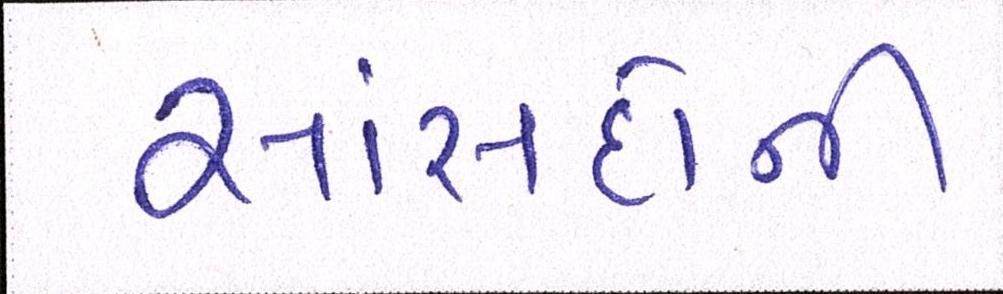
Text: સાંસદોની